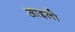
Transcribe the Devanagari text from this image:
आइलो